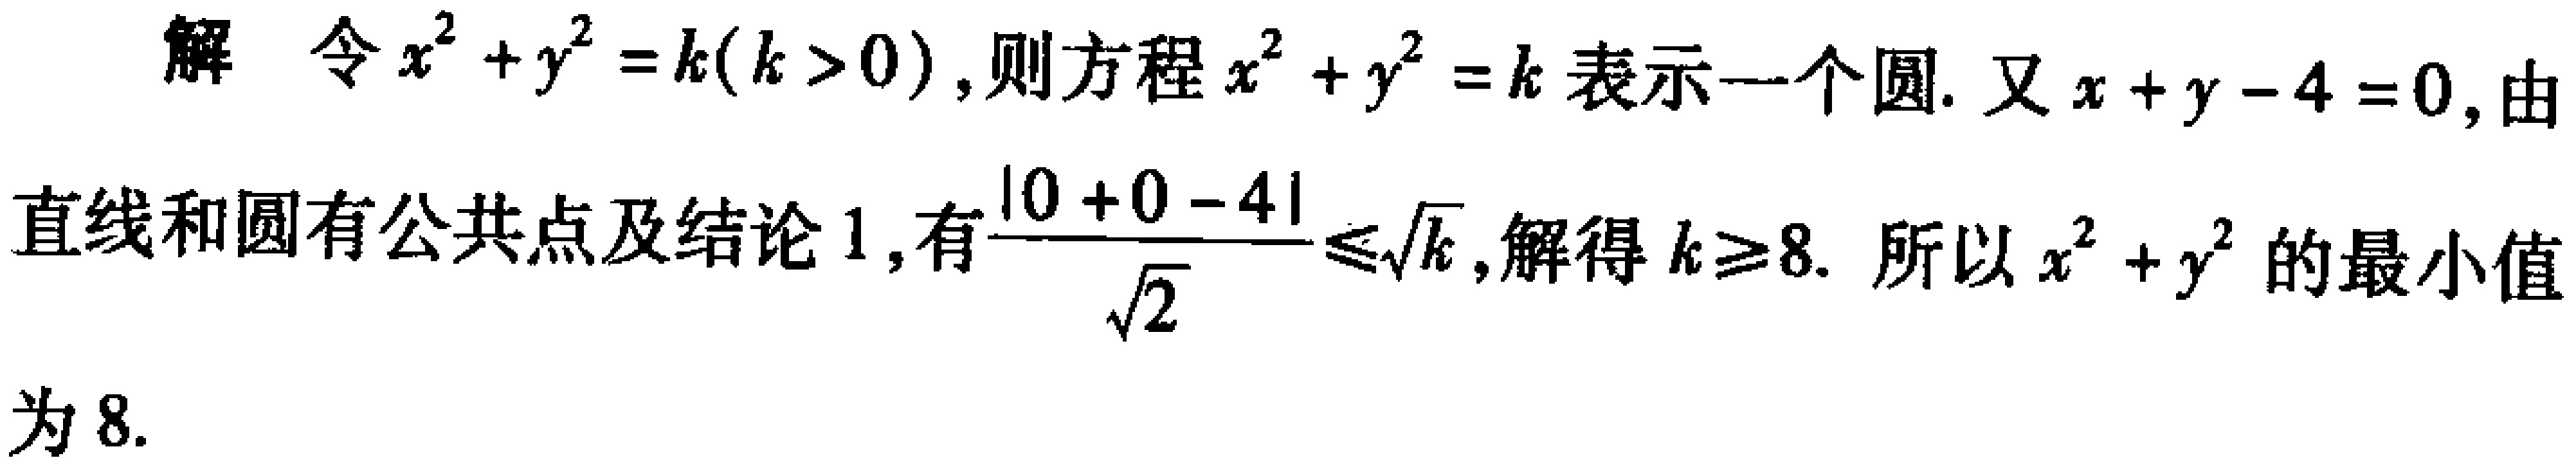
解 令\(x^{2}+y^{2}=k(k > 0)\)，则方程\(x^{2}+y^{2}=k\)表示一个圆. 又\(x + y - 4 = 0\)，由直线和圆有公共点及结论1，有\(\frac{|0 + 0 - 4|}{\sqrt{2}}\leq\sqrt{k}\)，解得\(k\geq8\). 所以\(x^{2}+y^{2}\)的最小值为\(8\).